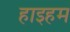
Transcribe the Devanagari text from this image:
हाइहम